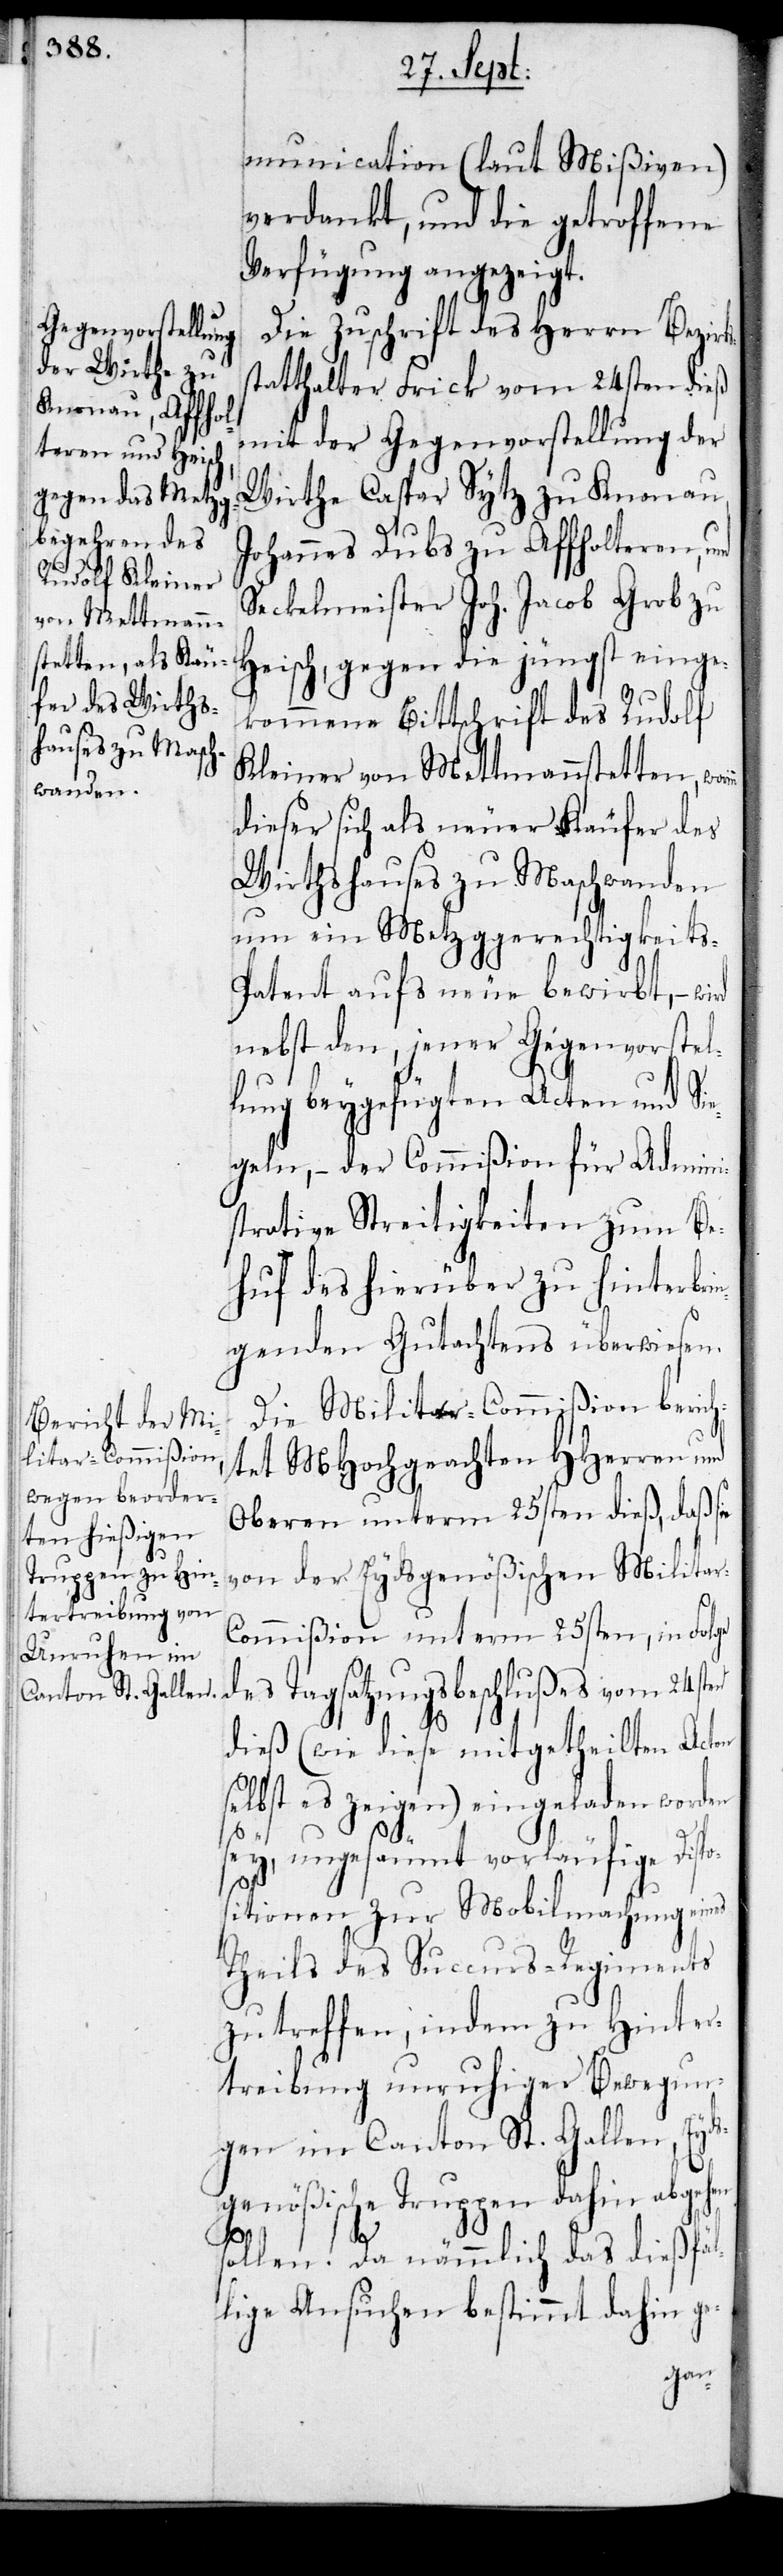
Communication (laut Mißiven)
verdankt, und die getroffene
Verfügung angezeigt.
Die Zuschrift des Herrn Bezirks¬
statthalter Frick vom 24sten dieß
mit der Gegenvorstellung der
Wirthe Caspar Sytz zu Knonau,
Johannes Dubs zu Affolteren, und
Seckelmeister Joh. Jacob Grob zu
Heisch, gegen die jüngst einge¬
kommene Bittschrift des Rudolf
Kleiner von Mettmannstetten, wor¬
dieser sich als neuer Käufer des
Wirthshauses zu Maschwanden
um ein Metzggerechtigkeit¬
s-Patent aufs neue bewirbt, – wird
nebst den, jener Gegenvorstel¬
lung beygefügten Acten und Sie¬
geln, – der Commißion für Admini¬
strative Streitigkeiten zum Be¬
huf des hierüber zu hinterbrin¬
genden Gutachtens überwiesen.
Die Militar-Commißion berich¬
tet MHochgeachten HHerren und
Oberen unterm 25sten dieß, daß sie
von der Eydsgenößischen Militar-C¬
ommißion unterm 25sten, in Folge
des Tagsatzungsbeschlußes vom 24sten
dieß (wie diese mitgetheilten Acten
es zeigen) eingeladen worden
sey, ungesäumt vorläufige Disp¬
ositionen zur Mobilmachung eines
Theils des Succurs-Regiments
zu treffen, indem zu Hinter¬
treibung unruhiger Bewegun¬
gen im Canton St. Gallen, Eyds¬
genößische Truppen dahin abgehen
sollen. Da nämmlich das dießfäl¬
lige Ansuchen bestimmt dahin ge-
inn